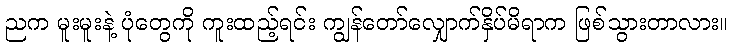
ညက မူးမူးနဲ့ ပုံတွေကို ကူးထည့်ရင်း ကျွန်တော်လျှောက်နှိပ်မိရာက ဖြစ်သွားတာလား။